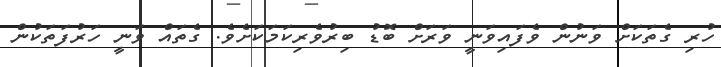
ހުރި ގެތަކަށް ވަނުން ވެފައިވަނީ ވަރަށް ބޮޑު ބިރުވެރިކަމަކަށެވެ. ގެތައް ވަނީ ހަރުފަތަކުން